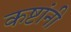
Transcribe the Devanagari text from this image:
कष्टांनी